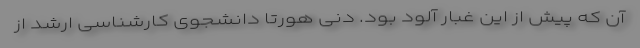
آن که پیش از این غبار آلود بود. دنی هورتا دانشجوی کارشناسی ارشد از